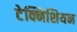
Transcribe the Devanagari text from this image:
टेक्निशियन